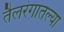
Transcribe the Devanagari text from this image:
तैलरंगातल्या